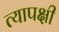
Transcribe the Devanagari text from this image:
त्यापक्षी